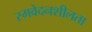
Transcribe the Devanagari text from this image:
स्मवेदनशीलता